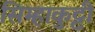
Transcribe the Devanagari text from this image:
सिम्हाकुट्टी